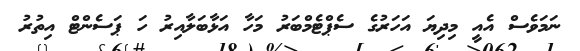
ނަމަވެސް އެއީ މިދިޔަ އަހަރުގެ ސެޕްޓެމްބަރު މަހާ އަޅާބަލާއިރު ހަ ޕަސެންޓް އިތުރު